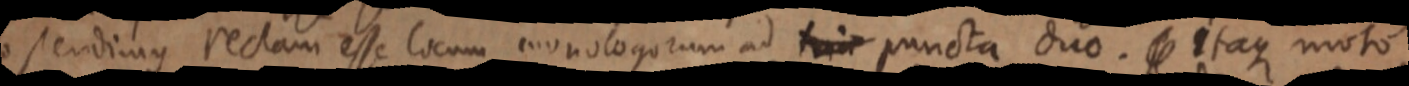
ostendimus rectam esse locum monologorum ad _ puncta duo. _ itaque moto